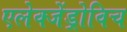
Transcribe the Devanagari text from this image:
एलेक्जेंड्रोविच